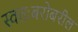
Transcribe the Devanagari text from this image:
स्वतःबरोबरील